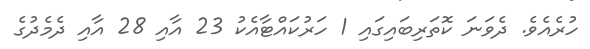
ހުރެއެވެ. ދެވަނަ ކޮތަރިބައިގައި 1 ހަރުކައްޓާއެކު 23 އާއި 28 އާއި ދެމެދުގެ